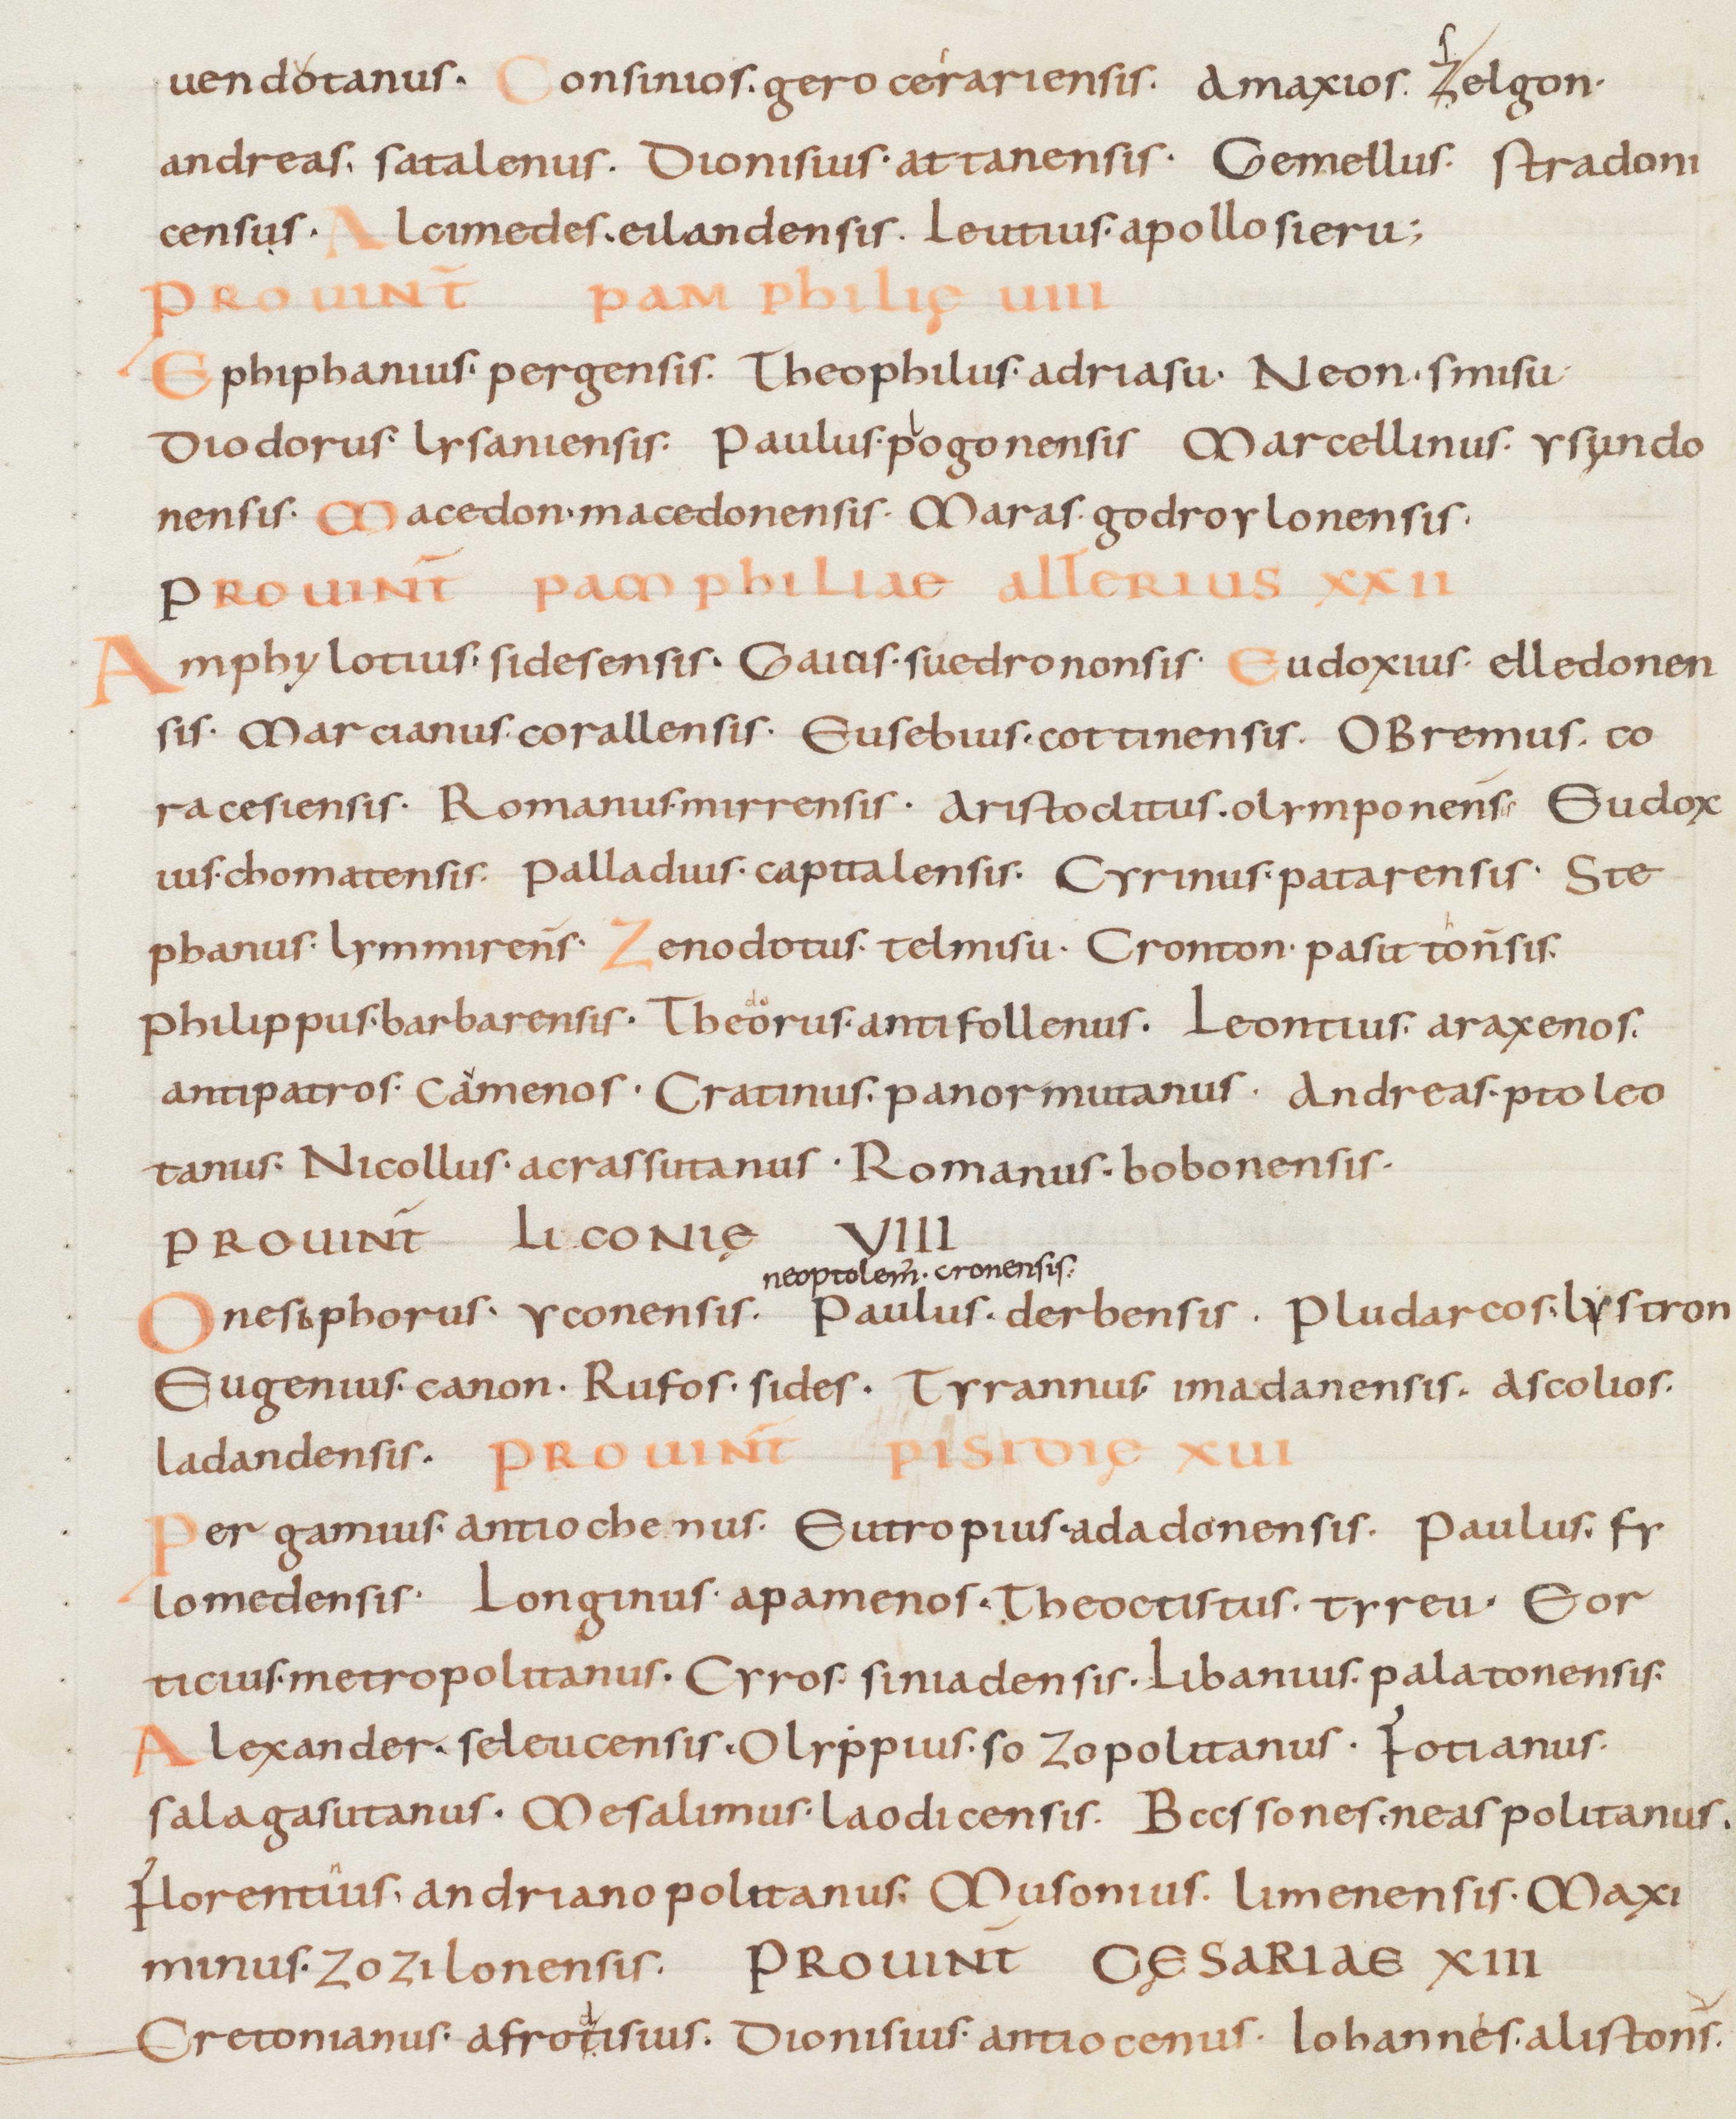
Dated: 805–865